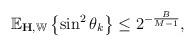
LaTeX: \begin{align*} \mathbb{E}_{\mathbf{H}, \mathbb{W}} \left\{\sin^2\theta_k \right\} \leq 2^{- \frac{B}{M-1}},\end{align*}